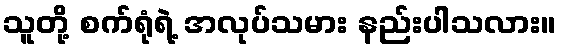
သူတို့ စက်ရုံရဲ့ အလုပ်သမား နည်းပါသလား။